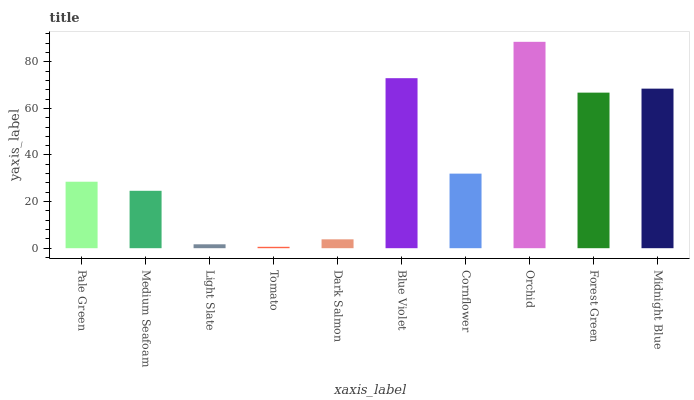
| xaxis_label | bars |
 | --- | --- |
 | Pale Green | 28.5 |
 | Medium Seafoam | 24.6 |
 | Light Slate | 1.68 |
 | Tomato | 0.601 |
 | Dark Salmon | 3.81 |
 | Blue Violet | 73 |
 | Cornflower | 32 |
 | Orchid | 88.6 |
 | Forest Green | 66.8 |
 | Midnight Blue | 68.5 |